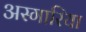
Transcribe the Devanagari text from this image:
अस्गारिया